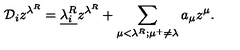
{ \mathcal D } _ { i } z ^ { \lambda ^ { R } } = \underline { { { \lambda } _ { i } ^ { R } } } z ^ { \lambda ^ { R } } + \sum _ { \mu < \lambda ^ { R } ; \mu ^ { + } \neq \lambda } a _ { \mu } z ^ { \mu } .